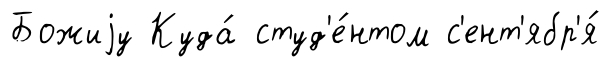
Божиjу Куда́ студ'е́нтом с'ент'ябр'я́